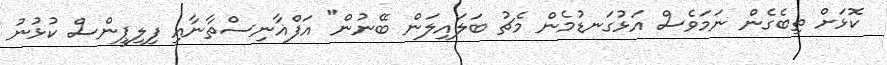
ކޮޅަށް ތިބެގެން ނަމަވެސް އަޅުގަނޑުމެން މެޗު ބަލައިލަން ބޭނުން" އަފްޣާނިސްތާނާއި ފިލިޕީންސް ކުޅުނު